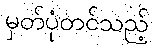
မှတ်ပုံတင်သည့်